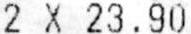
2 X 23.90